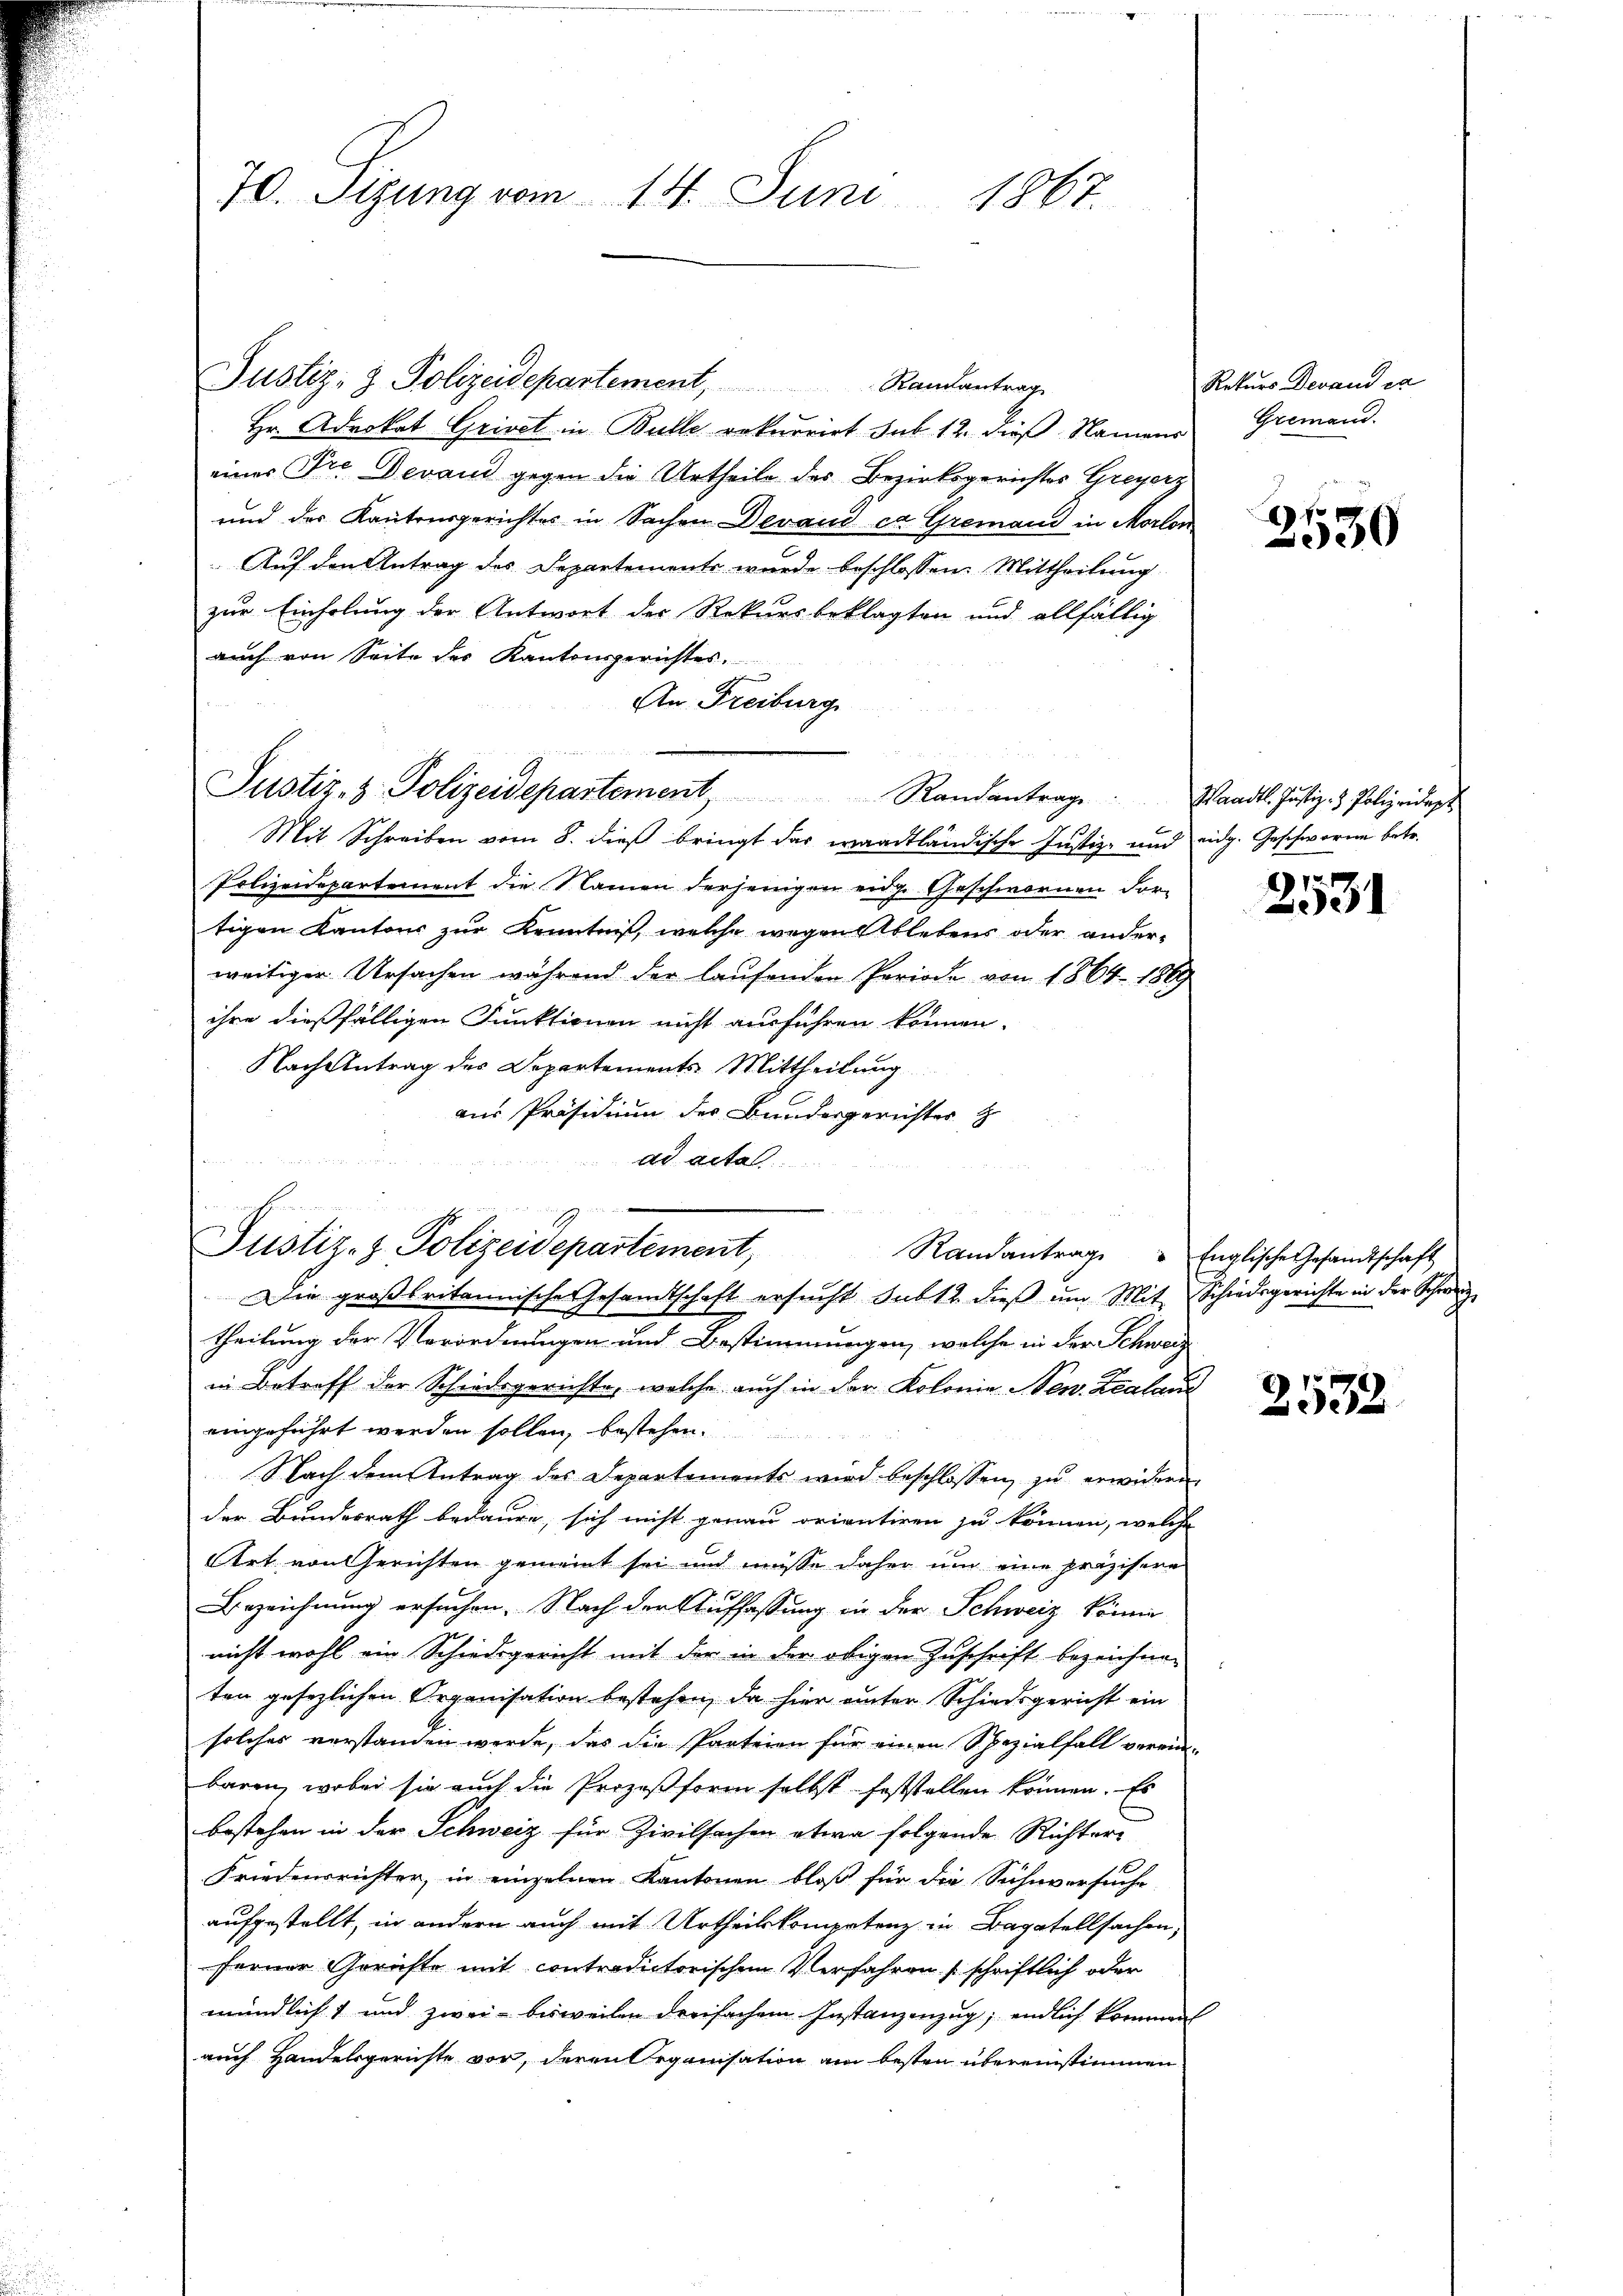
70. Sigung vom 14. Juni 1867.

Justiz- & Polizeidepartement, Randantrage
Hr. Advokat Grivat in Bulle rekurrirt sub. 12. dieß Namens
einer Pre Devand gegen die Urtheile des Bezirksgerichtes Greyerz
und des Kantonsgerichtes in Sachen Devaud ca Gremand in Morlon
Auf den Antrag des Departemente wurde beschlossen: Mittheilung
zur Einholung der Antwort der Rekursbeklagten und allfällig
auch von Seite des Kantonsgerichtes,
An Freiburg
¬
Mit Schreiben vom 8. dieß bringt das waadtländische Justiz- und
Polizeidepartement die Namen derjenigen eige Geschwornen dortigen Kantons zur Kenntniß, welche wegen Ablebens oder ander-
weitiger Ursachen während der laufenden Periode von 1864 1869
ihre dießfälligen Funktionen nicht ausführen können.
Nach Antrag des Departements Mittheilung
aus Präsidium der Bundergerichter z
ad acta
Die großbritannisc
sche Gesamtschaft ersucht sub 12. dieß um Mit Schiedsgerichte in der Schweize
theilung der Verordnungen und Bestimmungen, welche in der Schweiin Betreff der Schiedsgerichte, welche auch in der Kolonie Nen. Zcalan
eingeführt werden sollen, bestehen.
Nach dem Antrag des Departements wird beschlossen, zu erwiderder Bundesrath bedaure, sich nicht genau orientiren zu können, welche
Art von Gerichten gemeint sei und müsse daher um eine präzisere
Bezeichnung ersuchen. Nach der Auffassung in der Schweiz könne
nicht wohl ein Schiedsgericht mit der in der obigen Zuschrift bezeichnen
ten gesezlichen Organisation bestehen, da hier einter Schiedsgericht ein
solches verstanden werde, das die Parteien für einen Spezialfall verein-
baren, wobei sie auch die Prozeßform selbst feststellen können. Es
bestehen in der Schweiz für Zivilsachen etwa folgende Richter-
Friedensrichter, in einzelnen Kantonen bloß für die Sühnversuche
aufgestellt, in andern auch mit Urtheilskompetenz in Bagatellsachen,
ferner Gerichte mit contradictorischen Verfahren schriftlich oder
mündlich und zwei bisweilen dreifachem Instanzenzug, endlich kommen
auch Handelsgerichte vor, deren Organisation am besten übereinstimmen

Justiz- & Polizeidepartement Randantrage

un
Justiz- z. Polizeidepartement Randantrage Englische Gesandtschaft

Rekurs Devand es
Gremand.

f
330

Waadt. Justiz- & Polizeidept
eidg. Geschworen betr.

2531

2532